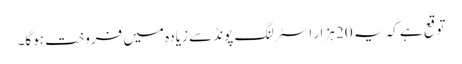
توقع ہے کہ یہ 20 ہزار اسٹرلنگ پونڈ سے زیادہ میں فروخت ہوگا۔